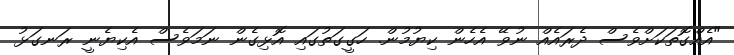
"އެއްގޮތަކަށްވެސް ދެރައެއް ނުވޭ އެހެން ކިޔުމުން. ހަގީގަތުގައި އޮޅިގެން ނަމަވެސް އެކިޔެނީ ރަނގަޅު